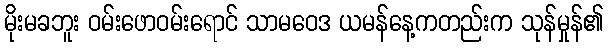
မိုးမခဘူး ဝမ်းဖောဝမ်းရောင် သာမဝေဒ ယမန်နေ့ကတည်းက သုန်မှုန်၏